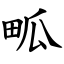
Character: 畖